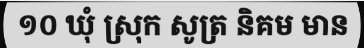
១០ ឃុំ ស្រុក សូត្រ និគម មាន